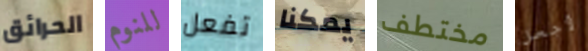
الحرائق للنوم تفعل يمكنا مختطف لأجعل